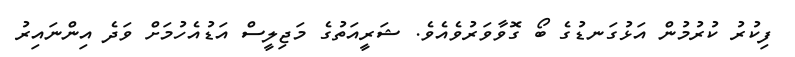
ފިކުރު ކުރުމުން އަޅުގަނޑުގެ ބޯ ގޮވާވަރުވެއެވެ. ޝަރީއަތުގެ މަޖިލީސް އަޑުއެހުމަށް ވަދެ އިންނައިރު